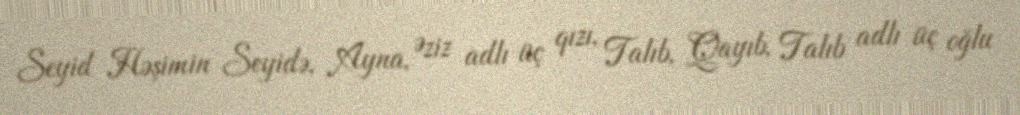
Seyid Həşimin Seyidə, Ayna, Əziz adlı üç qızı, Talıb, Qayıb, Talıb adlı üç oğlu